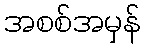
အစစ်အမှန်